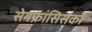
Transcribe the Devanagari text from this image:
सेनफ्रांसिसको